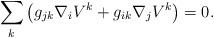
LaTeX: \begin{align*}\sum_{k} \left( g_{jk} \nabla_i V^k + g_{ik} \nabla_j V^k \right) = 0.\end{align*}